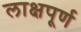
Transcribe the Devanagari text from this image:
लाक्षपूर्ण